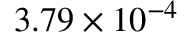
{ 3 . 7 9 \times 1 0 ^ { - 4 } }